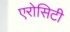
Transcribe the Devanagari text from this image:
एरोसिटी